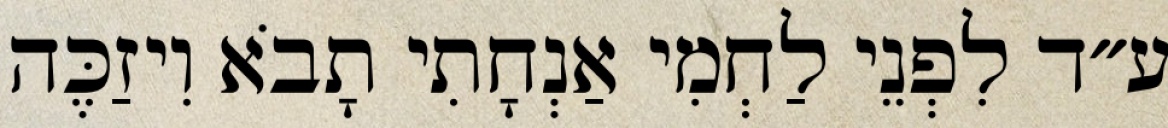
ע״ד לִפְנֵי לַחְמִי אַנְחָתִי תָבֹא וִיזַכֶּה